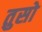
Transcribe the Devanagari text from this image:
तुसो